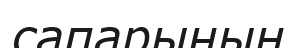
сапарының